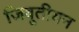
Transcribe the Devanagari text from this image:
जिबूतीयन